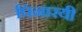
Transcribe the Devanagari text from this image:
पिनारयी